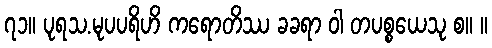
၇၁။ ပုရသ.မုပပရိဟိ ကရောတိဿ ခခရာ ဝါ တပစ္စယေသု စ။ ။